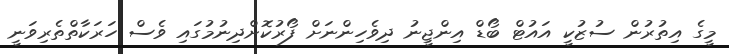
މީގެ އިތުރުން ސުޒުކީ އައުޓް ބޯޑް އިންޖީނު ދިވެހިންނަށް ފޯރުކޮށްދިނުމުގައި ވެސް ހަރަކާތްތެރިވަނީ